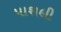
પાશલી